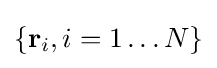
\{\mathbf {r} _{i},i=1\ldots N\}